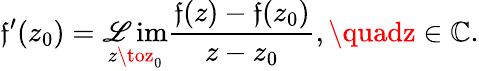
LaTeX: \mathfrak{f}^{\prime}(z_{0})=\operatorname*{\mathscr{L}im}_{z\toz_{0}}{\frac{{\mathfrak{f}(z)-\mathfrak{f}(z_{0})}}{{z-z_{0}}}},\quadz\in\mathbb{{C}}.